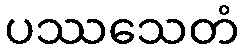
ပဿသေတံ